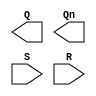
module behavioral_srlatch(Q,Qn,S,R);
input S,R;
output Q,Qn;

endmodule